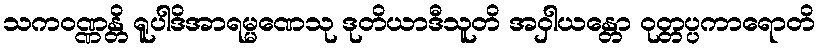
သကဝဏ္ဏန္တိ ရူပါဒိအာရမ္မဏေသု ဒုတိယာဒီသူတိ အဝှါယန္တော ဝုတ္တပ္ပကာရောတိ